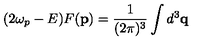
( 2 \omega _ { p } - E ) F ( \mathbf { p } ) = \frac { 1 } { ( 2 \pi ) ^ { 3 } } \int d ^ { 3 } \mathbf { q }